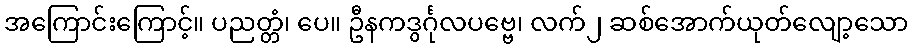
အကြောင်းကြောင့်။ ပညတ္တံ၊ ပေ။ ဦနကဒွင်္ဂုလပဗ္ဗေ၊ လက်၂ ဆစ်အောက်ယုတ်လျော့သော